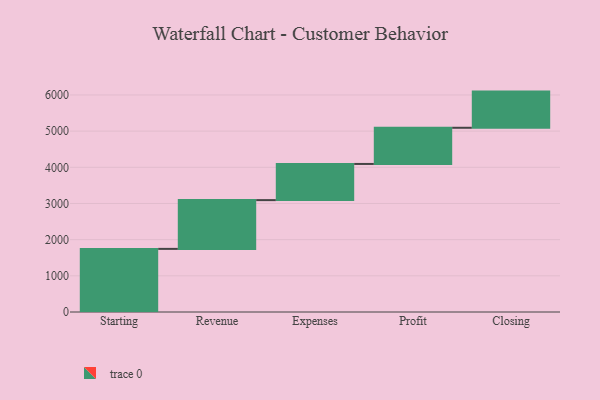
{"axis": {"x": "Step", "y": "Value"}, "legend": [""], "data": [{"x": "Starting", "y": 1745.0, "type": ""}, {"x": "Revenue", "y": 1348.0, "type": ""}, {"x": "Expenses", "y": 1000, "type": ""}, {"x": "Profit", "y": 1000, "type": ""}, {"x": "Closing", "y": 1000, "type": ""}]}